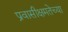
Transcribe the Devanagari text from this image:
प्रवासीक्षमतेच्या